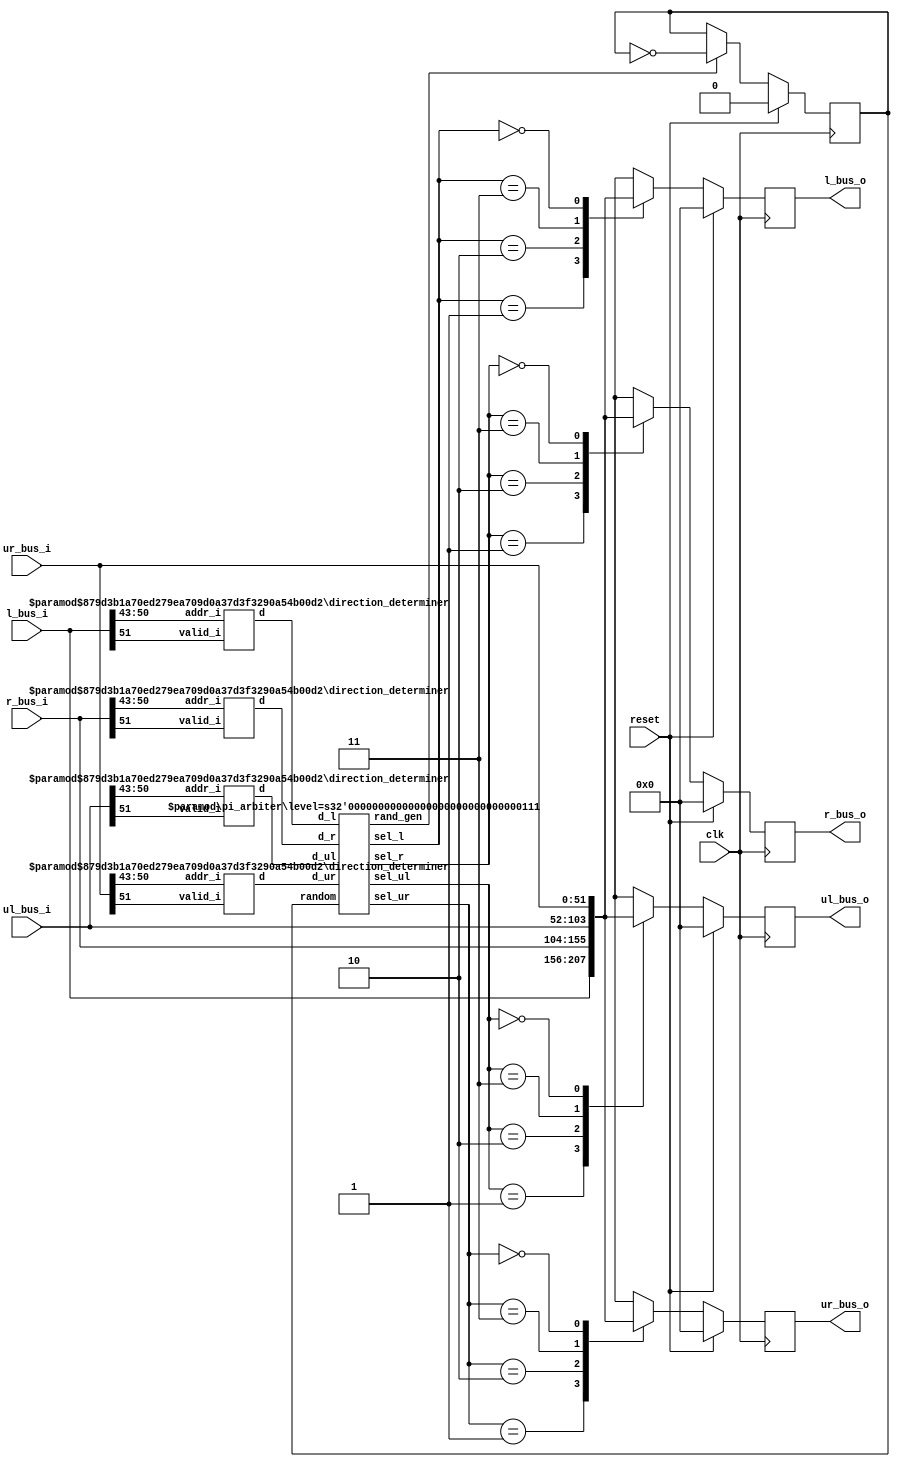
`ifndef DIRECTION_PARAMS_H
`define DIRECTION_PARAMS_H
`define VOID 2'b00
`define LEFT 2'b01
`define RIGHT 2'b10
`define UP 2'b11
// Used for pi switch
`define UPL 2'b11
`define UPR 2'b00 // replaces VOID in t_switch
`endif

module pi_switch #(
	parameter num_leaves= 256,
	parameter payload_sz= 43,
	parameter addr= 8,
	parameter level= 7, // only change if level == 0
	parameter p_sz= 52 //packet size
	)(
	input clk,
	input reset,
	input [p_sz-1:0] l_bus_i,
	input [p_sz-1:0] r_bus_i,
	input [p_sz-1:0] ul_bus_i,
	input [p_sz-1:0] ur_bus_i,
	output reg [p_sz-1:0] l_bus_o,
	output reg [p_sz-1:0] r_bus_o,
	output reg [p_sz-1:0] ul_bus_o,
	output reg [p_sz-1:0] ur_bus_o
	);
	
	// bus has following structure: 1 bit [valid], logN bits [dest_addr],
	// M bits [payload]
	
	wire [1:0] d_l;
	wire [1:0] d_r;
	wire [1:0] d_ul;
	wire [1:0] d_ur;
	wire [1:0] sel_l;
	wire [1:0] sel_r;
	wire [1:0] sel_ul;
	wire [1:0] sel_ur;
	reg random;
	wire rand_gen;

	direction_determiner #(.num_leaves(num_leaves), 
							.addr(addr),
							.level(level)) 
							dd_l(
							.valid_i(l_bus_i[p_sz-1]),
							.addr_i(l_bus_i[p_sz-2:payload_sz]), 
							.d(d_l));

	direction_determiner #(.num_leaves(num_leaves), 
							.addr(addr),
							.level(level)) 
							dd_r(
							.valid_i(r_bus_i[p_sz-1]),
							.addr_i(r_bus_i[p_sz-2:payload_sz]), 
							.d(d_r));

	direction_determiner #(.num_leaves(num_leaves), 
							.addr(addr),
							.level(level))
						   	dd_ul(
							.valid_i(ul_bus_i[p_sz-1]),
							.addr_i(ul_bus_i[p_sz-2:payload_sz]),
							.d(d_ul));

	direction_determiner #(.num_leaves(num_leaves), 
							.addr(addr),
							.level(level))
						   	dd_ur(
							.valid_i(ur_bus_i[p_sz-1]),
							.addr_i(ur_bus_i[p_sz-2:payload_sz]),
							.d(d_ur));
	always @(posedge clk)
		if (reset)
			random <= 1'b0;
		else if (rand_gen)
			random <= ~random;
						
	pi_arbiter #(
				.level(level))
				pi_a(
					.d_l(d_l),
					.d_r(d_r),
				   	.d_ul(d_ul),
				   	.d_ur(d_ur),
				   	.sel_l(sel_l),
				   	.sel_r(sel_r),
				   	.sel_ul(sel_ul),
				   	.sel_ur(sel_ur),
					.random(random),
					.rand_gen(rand_gen));

	always @(posedge clk)
		if (reset)
			{l_bus_o, r_bus_o, ul_bus_o, ur_bus_o} <= 0;
		else begin
			case (sel_l)
				`LEFT: l_bus_o<= l_bus_i;
				`RIGHT: l_bus_o<= r_bus_i;
				`UPL: l_bus_o<= ul_bus_i;
				`UPR: l_bus_o<= ur_bus_i;
			endcase
		
			case (sel_r)
				`LEFT: r_bus_o<= l_bus_i;
				`RIGHT: r_bus_o<= r_bus_i;
				`UPL: r_bus_o<= ul_bus_i;
				`UPR: r_bus_o<= ur_bus_i;
			endcase
			
			case (sel_ul)
				`LEFT: ul_bus_o <= l_bus_i;
				`RIGHT: ul_bus_o <= r_bus_i;
				`UPL: ul_bus_o <= ul_bus_i;
				`UPR: ul_bus_o <= ur_bus_i;
			endcase

			case (sel_ur)
				`LEFT: ur_bus_o <= l_bus_i;
				`RIGHT: ur_bus_o <= r_bus_i;
				`UPL: ur_bus_o <= ul_bus_i;
				`UPR: ur_bus_o <= ur_bus_i;
			endcase

		end
endmodule

module direction_determiner #(
	parameter num_leaves= 0,
	parameter addr= 0,
	parameter level= 0  //level = $bits(addr) 
	)(
	input valid_i,
	input [$clog2(num_leaves)-1:0] addr_i,
	output reg [1:0] d
	);

	// override these values in top modules
	// parameter num_leaves= 0;
	// parameter addr= 0;
	// parameter level= 0;  //level = $bits(addr) 

	generate
		if (level == 0) begin
			always @*
				if (valid_i) begin
					if (addr_i[$clog2(num_leaves)-1])
						d= `RIGHT;
					else
						d= `LEFT;
				end
				else
					d= `VOID;
			end
		else begin
			wire [level-1:0]  addr_xnor_addr_i= 
				~(addr ^ addr_i[$clog2(num_leaves)-1:$clog2(num_leaves) - level]);

			always @*
				if (valid_i == 1'b0)
					d= `VOID;
				else if (&addr_xnor_addr_i == 1'b1) begin
					if (addr_i[$clog2(num_leaves)-1 - level] == 1'b0)
						d= `LEFT;
					else
						d= `RIGHT;
				end
				else if (&addr_xnor_addr_i == 1'b0)
					d= `UP;
				else
					d= `VOID;
		end
	endgenerate
endmodule

module pi_arbiter #(
	parameter level=0
	)(
	input [1:0] d_l,
	input [1:0] d_r,
	input [1:0] d_ul,
	input [1:0] d_ur,
	input random,
	output reg rand_gen,
	output reg [1:0] sel_l,
	output reg [1:0] sel_r,
	output [1:0] sel_ul,
	output [1:0] sel_ur
	);
	
	// parameter level= 1;
	/*
	*	d_l, d_r, d_u designate where the specific packet from a 
	*	certain direction would like to (ideally) go.
	*	d_{l,r,u{l,r}}=00, non-valid packet. 
	*   d_{l,r,u{l,r}}=01, packet should go left.
	*	d_{l,r,u{l,r}}=10, packet should go right.
   	*	d_{l,r,u{l,r}}=11, packet should go up.
	*/

	reg [1:0] sel_u1;
	reg [1:0] sel_u2;

	assign sel_ul= random ? sel_u1 : sel_u2;
	assign sel_ur= random ? sel_u2 : sel_u1;

		
	// temp var just used to determine how to route non-valid packets
	reg [3:0] is_void; 

	always @* begin
		is_void= 4'b1111; // local var, order is L, R, U1, U2;
	
		rand_gen= 0;
		sel_l  = `VOID;
		sel_r  = `VOID;
		sel_u1 = `VOID;
		sel_u2 = `VOID;



		// First Priority: Turnback Packets
		if (d_l == `LEFT)
			{sel_l, is_void[3]}= {`LEFT, 1'b0};
		if (d_r == `RIGHT)
			{sel_r, is_void[2]}= {`RIGHT, 1'b0};
		if (d_ul == `UP)
			{sel_u1, is_void[1]}= {`UPL, 1'b0};
		if (d_ur == `UP)
			{sel_u2, is_void[0]}= {`UPR, 1'b0};

		// Second Priority: Downlinks
		// Left Downlink
		if (d_ul == `LEFT || d_ur == `LEFT) begin
			if (is_void[3]) begin
				is_void[3]= 1'b0;
				if (d_ul == `LEFT && d_ur != `LEFT)
					sel_l= `UPL;
				else if (d_ul != `LEFT && d_ur == `LEFT)
					sel_l= `UPR;
				else if (d_ul == `LEFT && d_ur == `LEFT) begin
					is_void[1]= 1'b0;
					{sel_l, sel_u1}= {`UPL, `UPR};
				end
			end
			else begin
				if (d_ul == `LEFT) begin
					is_void[1]= 1'b0;
					sel_u1= `UPL;
				end
				if (d_ur == `LEFT) begin
					is_void[0]= 1'b0;
					sel_u2= `UPR;
				end
			end
		end

		// Right Downlink
		if (d_ul == `RIGHT || d_ur == `RIGHT) begin
			if (is_void[2]) begin
				is_void[2]= 1'b0;
				if (d_ul == `RIGHT && d_ur != `RIGHT)
					sel_r= `UPL;
				else if (d_ul != `RIGHT && d_ur == `RIGHT)
					sel_r= `UPR;
				else if (d_ul == `RIGHT && d_ur == `RIGHT) begin
					is_void[1]= 1'b0;
					{sel_r, sel_u1}= {`UPL, `UPR};
				end
			end
			else begin
				if (d_ul == `RIGHT) begin
					is_void[1]= 1'b0;
					sel_u1= `UPL;
				end
				if (d_ur == `RIGHT) begin
					is_void[0]= 1'b0;
					sel_u2= `UPR;
				end
			end
		end


		// Third Priority: Side Link
		// Left to Right (Left has priority over Right)
		if (d_l == `RIGHT) begin
			if (is_void[2]) begin
				is_void[2]= 1'b0;
				sel_r= `LEFT;
			end
			else if (is_void[3]) begin
				is_void[3]= 1'b0;
				sel_l= `LEFT;
			end
			else if (is_void[1]) begin
				is_void[1]= 1'b0;
				sel_u1= `LEFT;
			end
			else if (is_void[0]) begin
				is_void[0]= 1'b0;
				sel_u2= `LEFT;
			end
		end

		// Right to Left
		if (d_r == `LEFT) begin
			if (is_void[3]) begin
				is_void[3]= 1'b0;
				sel_l= `RIGHT;
			end
			else if (is_void[2]) begin
				is_void[2]= 1'b0;
				sel_r= `RIGHT;
			end
			else if (is_void[1]) begin
				is_void[1]= 1'b0;
				sel_u1= `RIGHT;
			end
			else if (is_void[0]) begin
				is_void[0]= 1'b0;
				sel_u2= `RIGHT;
			end
		end
		// Fourth Priority: Uplinks
		// Left to Up
		if (d_l == `UP) begin
			if (is_void[1]) begin
				is_void[1]= 1'b0;
				sel_u1= `LEFT;
			end
			else if (is_void[0]) begin
				is_void[0]= 1'b0;
				sel_u2= `LEFT;
			end
			else if (is_void[3]) begin
				is_void[3]= 1'b0;
				sel_l= `LEFT;
			end
			else if (is_void[2]) begin
				is_void[2]= 1'b0;
				sel_r= `LEFT;
			end
		end
		// Right to UP
		if (d_r == `UP) begin
			if (is_void[1]) begin
				is_void[1]= 1'b0;
				sel_u1= `RIGHT;
			end
			else if (is_void[0]) begin
				is_void[0]= 1'b0;
				sel_u2= `RIGHT;
			end
			else if (is_void[2]) begin
				is_void[2]= 1'b0;
				sel_r= `RIGHT;
			end
			else if (is_void[3]) begin
				is_void[3]= 1'b0;
				sel_l= `RIGHT;
			end
		end

		// Before taking care of void case, determine whether or not a new
		// random/toggle bit should be generated
		if (is_void[1] == 1'b0 || is_void[0] == 1'b0)
			rand_gen= 1;

		// Final Priority: Void 
		if (d_l == `VOID) begin
			if (is_void[3]) begin
				is_void[3]= 1'b0;
				sel_l= `LEFT;
			end
			if (is_void[2]) begin
				is_void[2]= 1'b0;
				sel_r= `LEFT;
			end
			if (is_void[1]) begin
				is_void[1]= 1'b0;
				sel_u1= `LEFT;
			end
			if (is_void[0]) begin
				is_void[0]= 1'b0;
				sel_u2= `LEFT;
			end
		end
		if (d_r == `VOID) begin
			if (is_void[3]) begin
				is_void[3]= 1'b0;
				sel_l= `RIGHT;
			end
			if (is_void[2]) begin
				is_void[2]= 1'b0;
				sel_r= `RIGHT;
			end
			if (is_void[1]) begin
				is_void[1]= 1'b0;
				sel_u1= `RIGHT;
			end
			if (is_void[0]) begin
				is_void[0]= 1'b0;
				sel_u2= `RIGHT;
			end
		end
		if (d_ul == `VOID) begin
			if (is_void[3]) begin
				is_void[3]= 1'b0;
				sel_l= `UPL;
			end
			if (is_void[2]) begin
				is_void[2]= 1'b0;
				sel_r= `UPL;
			end
			if (is_void[1]) begin
				is_void[1]= 1'b0;
				sel_u1= `UPL;
			end
			if (is_void[0]) begin
				is_void[0]= 1'b0;
				sel_u2= `UPL;
			end
		end
		if (d_ur == `VOID) begin
			if (is_void[3]) begin
				is_void[3]= 1'b0;
				sel_l= `UPR;
			end
			if (is_void[2]) begin
				is_void[2]= 1'b0;
				sel_r= `UPR;
			end
			if (is_void[1]) begin
				is_void[1]= 1'b0;
				sel_u1= `UPR;
			end
			if (is_void[0]) begin
				is_void[0]= 1'b0;
				sel_u2= `UPR;
			end
		end
	end

endmodule